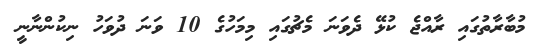
މުބާރާތުގައި ރާއްޖެ ކުޅޭ ދެވަނަ މެޗުގައި މިމަހުގެ 10 ވަނަ ދުވަހު ނިކުންނާނީ